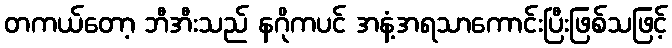
တကယ်တော့ ဘီအီးသည် နဂိုကပင် အနံ့အရသာကောင်းပြီးဖြစ်သဖြင့်